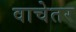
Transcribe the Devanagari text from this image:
वाचेतर